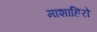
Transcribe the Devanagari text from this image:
माशाहिरो